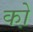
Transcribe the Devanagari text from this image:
को़